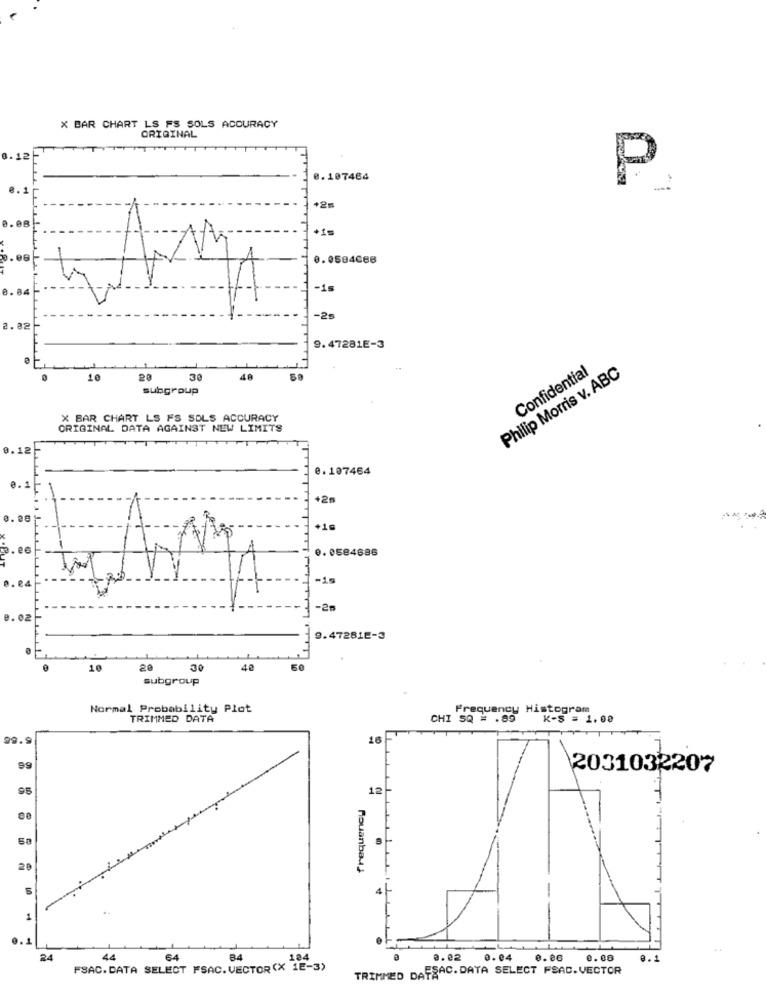
X BAR CHART LS FS SOLS ACCURACY
ORIGINAL
0.12
0. 107484
P
8.1
+2m
0.08
+1=
0.06
0. 0584668
0.84
-1s
-25
2.82
9.47281E-3
Philip Morris v. ABC
Confidential
10
20
30
40
subgroup
X BAR CHART LS FS SOLS ACCURACY
ORIGINAL DATA AGAINST NEW LIMITS
0.12
0. 107464
0.1
-
+2m
p. 06
0. 0584686
-19
0.04
-2m
0.02
9.47281E-3
10
20
30
40
subgroup
Normal Probability Plot
Frequency Histogram
TRIMMED DATA
CHI 5Q = . 85
K-s = 1.00
99.9
16
99
2031032207
95
12
20
RouanbalJ
1
..
24
44
64
84
0. 02
0.04
0.86
0.08
FSAC.DATA SELECT FSAC.VECTOR(X 1E-3)
TRIMMED DAFSAC.DATA SELECT FSAC.VECTOR